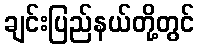
ချင်းပြည်နယ်တို့တွင်